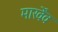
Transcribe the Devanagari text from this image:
मार्खेंव